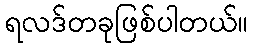
ရလဒ်တခုဖြစ်ပါတယ်။